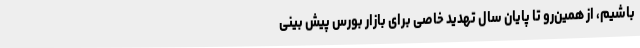
باشیم، از همین‌رو تا پایان سال تهدید خاصی برای بازار بورس پیش بینی